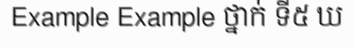
Example Example ថ្នាក់ ទី៥ ឃ